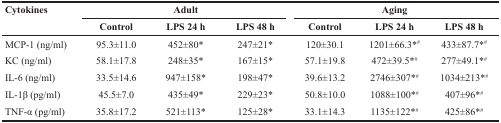
<table><thead><tr><td><b>Cytokines</b></td><td colspan="3"><b>Adult</b></td><td colspan="3"><b>Aging</b></td></tr><tr><td></td><td><b>Control</b></td><td><b>LPS 24 h</b></td><td><b>LPS 48 h</b></td><td><b>Control</b></td><td><b>LPS 24 h</b></td><td><b>LPS 48 h</b></td></tr></thead><tbody><tr><td>MCP-1 (ng/ml)</td><td>95.3±11.0</td><td>452±80*</td><td>247±21*</td><td>120±30.1</td><td>1201±66.3*<sup>#</sup></td><td>433±87.7*<sup>#</sup></td></tr><tr><td>KC (ng/ml)</td><td>58.1±17.8</td><td>248±35*</td><td>167±15*</td><td>57.1±19.8</td><td>472±39.5*<sup>#</sup></td><td>277±49.1*<sup>#</sup></td></tr><tr><td>IL-6 (ng/ml)</td><td>33.5±14.6</td><td>947±158*</td><td>198±47*</td><td>39.6±13.2</td><td>2746±307*<sup>#</sup></td><td>1034±213*<sup>#</sup></td></tr><tr><td>IL-1β (pg/ml)</td><td>45.5±7.0</td><td>435±49*</td><td>229±23*</td><td>50.8±10.0</td><td>1088±100*<sup>#</sup></td><td>407±96*<sup>#</sup></td></tr><tr><td>TNF-α (pg/ml)</td><td>35.8±17.2</td><td>521±113*</td><td>125±28*</td><td>33.1±14.3</td><td>1135±122*<sup>#</sup></td><td>425±86*<sup>#</sup></td></tr></tbody></table>